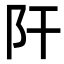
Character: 𨸗